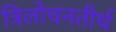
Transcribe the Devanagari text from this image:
त्रिलोचनतीर्थ